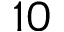
1 0